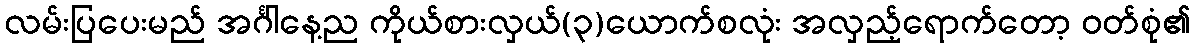
လမ်းပြပေးမည် အင်္ဂါနေ့ည ကိုယ်စားလှယ်(၃)ယောက်စလုံး အလှည့်ရောက်တော့ ဝတ်စုံ၏